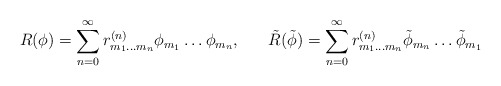
\begin{align*}R(\phi) = \sum_{n=0}^{\infty} r^{(n)}_{m_{1} \ldots m_{n}} \phi_{m_{1}} \ldots \phi_{m_{n}}, \;\;\;\;\;\; \tilde{R}(\tilde{\phi}) = \sum_{n=0}^{\infty} r^{(n)}_{m_{1} \ldots m_{n}} \tilde{\phi}_{m_{n}} \ldots \tilde{\phi}_{m_{1}} \end{align*}